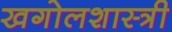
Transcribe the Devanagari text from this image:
खगोलशास्‍त्री